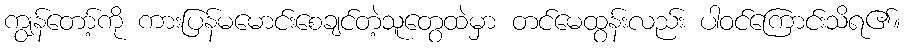
ကျွန်တော့်ကို ကားပြန်မမောင်းစေချင်တဲ့သူတွေထဲမှာ တင်မေထွန်းလည်း ပါဝင်ကြောင်းသိရ၏။